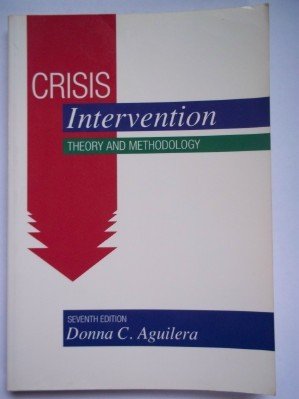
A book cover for Crisis Intervention: Theory and Methodology (Mosby's Mental Health); Donna C. Aguilera; Medical Books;